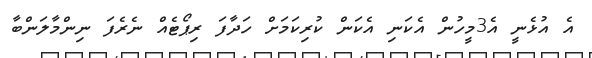
އެ އުޅެނީ އެ3މީހުން އެކަނި އެކަން ކުރިކަމަށް ހަދާފަ ރިޕޯޓެއް ނެރެފަ ނިންމާލަންބާ